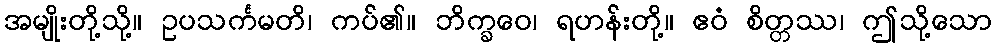
အမျိုးတို့သို့။ ဥပသင်္ကမတိ၊ ကပ်၏။ ဘိက္ခဝေ၊ ရဟန်းတို့။ ဧဝံ စိတ္တဿ၊ ဤသို့သော